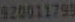
920011799